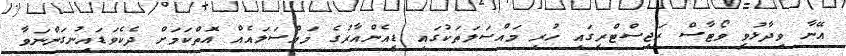
އޭނާ ވިދާޅުވީ ވޯޓާސް ރަޖިސްޓްރީގައި ހުރި މައްސަލަތަކުގައި ޑީއެންއާރުގެ މައްސަލައެއް އޮތްކަމަށް ދެކެވަޑައިނުގަންނަވާ